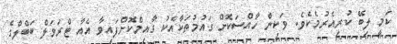
ކަމީ ލިބޭ ކުރިއެރުމެކެވެ. ވަކިން ހާއްސަކޮށް ގައުމުތަކާއެކު ގާއިމްކޮށްފައިވާ އެއާ ޓްރަވަލް ބަބްލްގެ